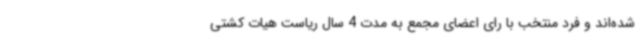
شده‌اند و فرد منتخب با رای اعضای مجمع به مدت 4 سال ریاست هیات کشتی